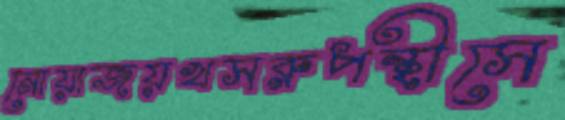
নোয়াজয়খসরুপন্থীসে